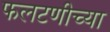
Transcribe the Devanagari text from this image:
फलटणीच्या